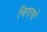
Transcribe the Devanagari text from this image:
चिरागों